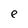
Character: e